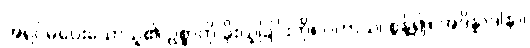
အရှင်မပေးသောသူ၏ ဥစ္စာကို ခိုးယူခြင်းကို။ ပဟာယ၊ စွန့်၍။ အဒိန္နာဒါနာ၊